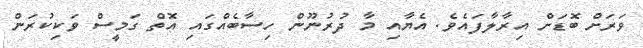
ވަރަށް ބޮޑަށް އިރާލާފައެވެ. އެޔާއި މާ ދުރުނޫން ހިސާބެއްގައި އޮތް ގަމީސް ވަކިކުރަން